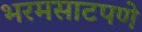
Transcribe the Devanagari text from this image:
भरमसाटपणे